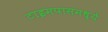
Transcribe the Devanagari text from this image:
टाइमपासमध्ये